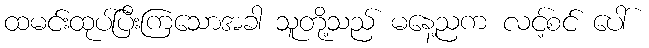
ထမင်းထုပ်ပြီးကြသောအခါ သူတို့သည် မနေ့ညက လင့်စင် ပေါ်